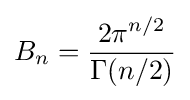
B_{n}={\frac {2\pi ^{n/2}}{\Gamma {\left(n/2\right)}}}